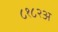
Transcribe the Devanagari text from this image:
८१८२अ